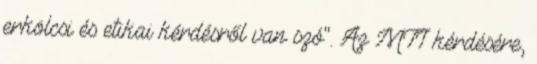
erkölcsi és etikai kérdésről van szó". Az MTI kérdésére,